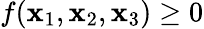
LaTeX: f(\mathbf{x}_{1},\mathbf{x}_{2},\mathbf{x}_{3})\ge0